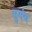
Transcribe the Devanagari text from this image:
सुमंथ